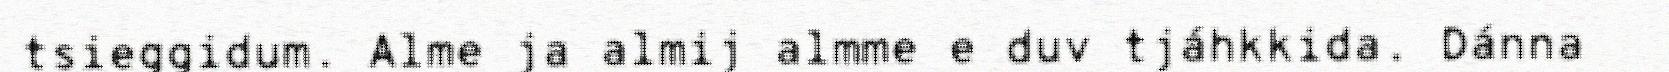
tsieggidum. Alme ja almij almme e duv tjáhkkida. Dánna